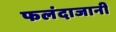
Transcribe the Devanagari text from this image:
फलंदाजानी